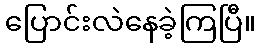
ပြောင်းလဲနေခဲ့ကြပြီ။